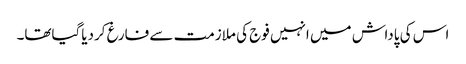
اس کی پاداش میں انہیں فوج کی ملازمت سے فارغ کردیاگیاتھا۔